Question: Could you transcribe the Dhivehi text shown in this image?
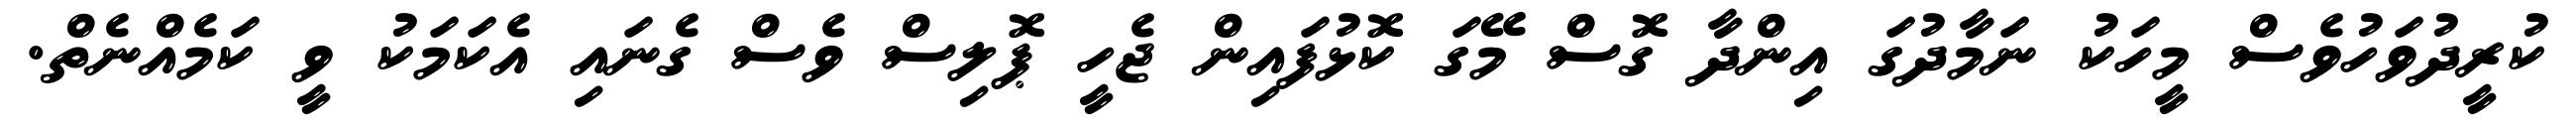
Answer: ކުރީދުވަހުވެސް މީހަކު ނަމާދުގަ އިންދާ ގޮސް މޭގަ ކޮޅުފައިން ޖެހީ ޕޮލިސް ވެސް ގެނައި އެކަމަކު ވީ ކަމެއްނެތް.